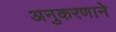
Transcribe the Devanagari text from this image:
अनुकरणाने